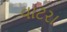
વાટરા